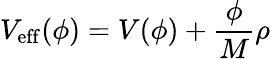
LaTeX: V_{\mathrm{eff}}(\phi)=V(\phi)+\frac{\phi}{M}\rho